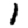
Digit: 1